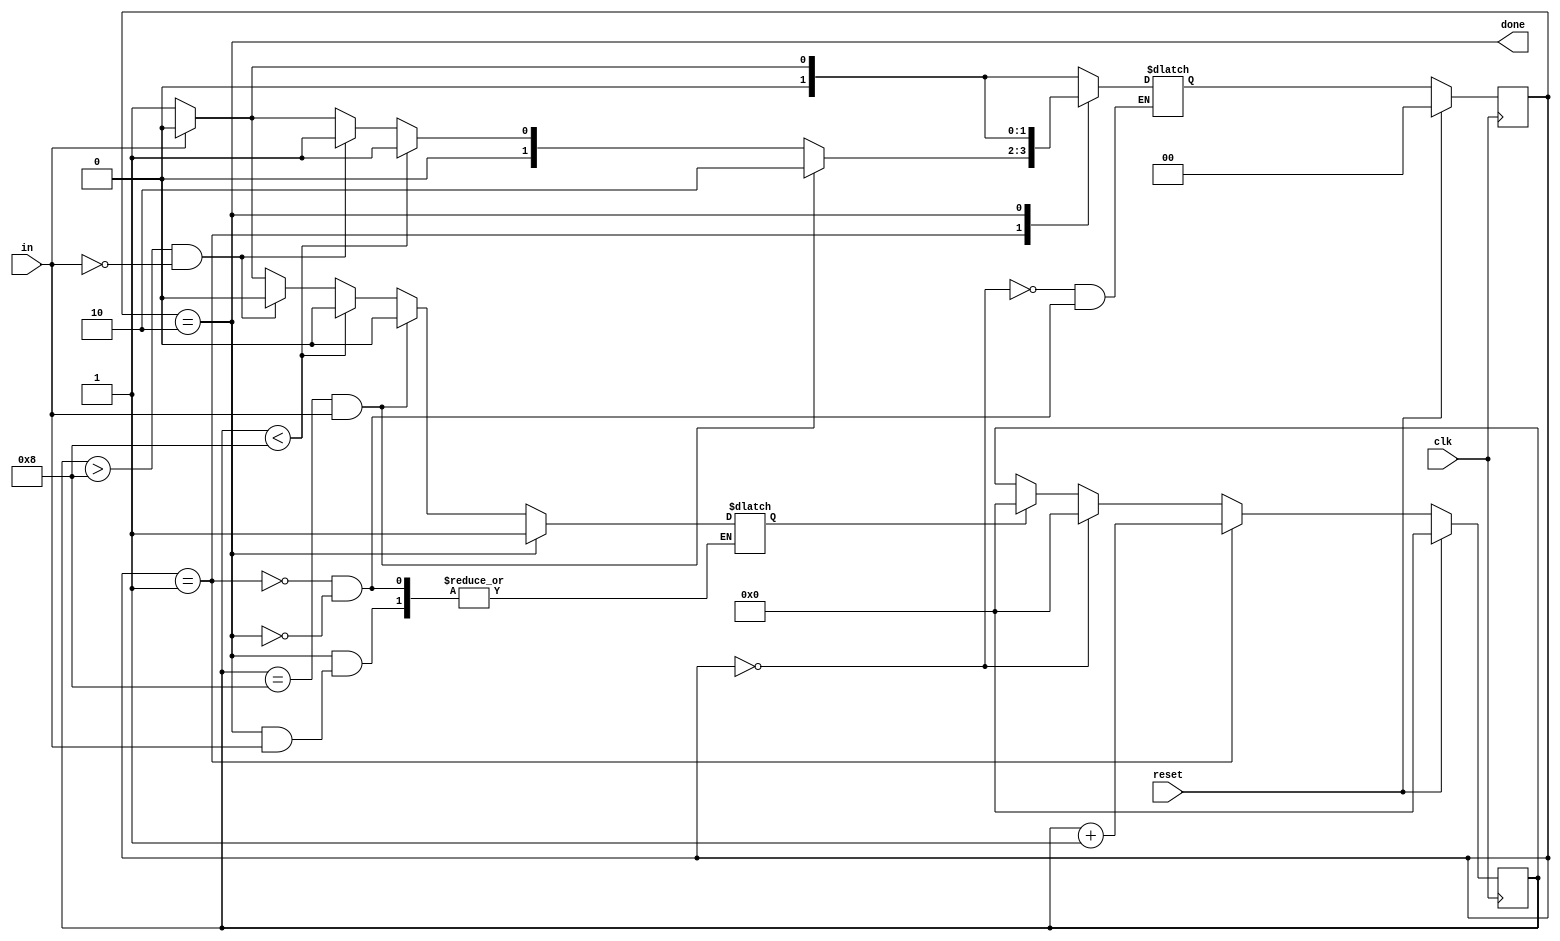
module top_module(
    input clk,
    input in,
    input reset,    // Synchronous reset
    output done
); 
    reg[1:0] state, next_state;
    reg[100:0] count;
	reg flag;//for count reset
    parameter idle = 0, receive = 1, stop = 2;
    
    always@(posedge clk)begin
        if(reset)begin
            state <= idle;
            count <= 0;
        end
        else if(state == receive)begin
            state <= next_state;
        	count <= count + 1;
        end
        else if(state == idle)begin 
            state <= next_state;
        	count <= 0;
        end
        else begin
			if(flag == 1) count <= 0;
            state <= next_state;
		end
    end
    
    always@(*)begin
        case(state)
            idle : begin next_state = (in == 0) ? receive : idle; end
            receive : begin
				flag = 0;
                if(count == 8 && in == 1) next_state = stop;
                else if(count < 8) next_state = receive;
                else if(count > 8 && in == 0) next_state = receive;
                else  begin 
					if(in) next_state = idle;
					else begin
						next_state = receive;
						flag = 1;
					end
				end
            end
            stop : begin 
				if(in) next_state = idle;
				else begin
					next_state = receive;
					flag = 1;
				end
			end
        endcase
    end
    
    assign done = (state == stop);
    
endmodule